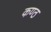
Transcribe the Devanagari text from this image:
कण्‍ठ